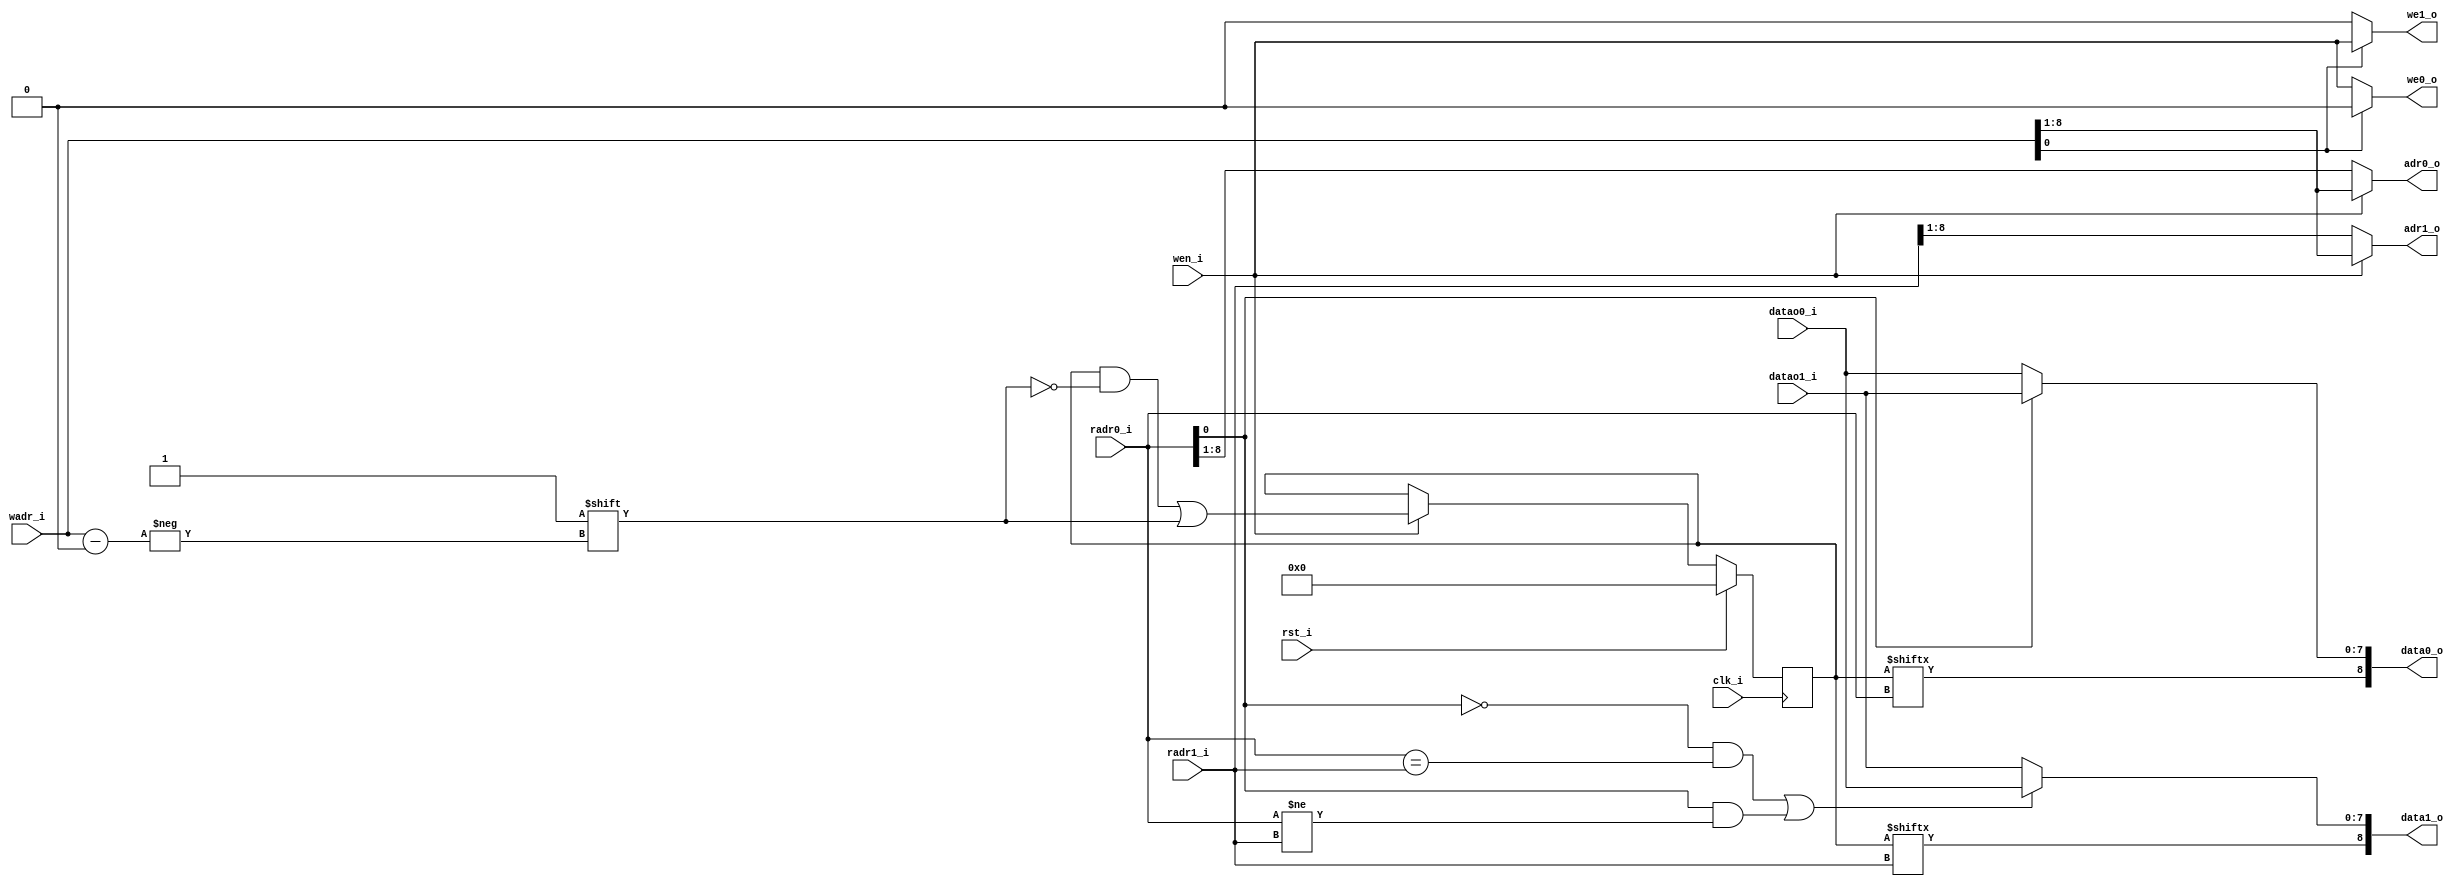
// This program was cloned from: https://github.com/KASIRGA-KIZIL/tekno-kizil
// License: GNU General Public License v3.0

// Tag denetleyici
// Ayni anda iki farkli adresteki tag'leri okumak icin 2 tane 256 satirlik RAM'i kontrol eder
// RAM'lerden birisi tek adresleri oteki cift olan adresleri depolamak icin kullanilir.
// Bu sayede Unaligned/Hizasiz okuma yapilabilir.

module tag_denetleyici (
   input wire clk_i,
   input wire rst_i,
   // Port 0: W
   input wire       wen_i,
   input wire [8:0] wadr_i,
   // Port 0: R
   output wire [8:0] data0_o,
   input  wire [8:0] radr0_i,
   // Port 1: R
   output wire [8:0] data1_o,
   input  wire [8:0] radr1_i,
   // RAM256_T0
   output wire       we0_o,
   output wire [7:0] adr0_o,
   input  wire [7:0] datao0_i,
   // RAM256_T1
   output wire       we1_o,
   output wire [7:0] adr1_o,
   input  wire [7:0] datao1_i
);
   reg [511:0] RAM;
   
   wire [7:0] tage;
   wire [7:0] tago;
   
   wire [7:0] tag_addre = wen_i ? wadr_i[8:1] : radr0_i[8:1];
   wire [7:0] tag_addro = wen_i ? wadr_i[8:1] : radr1_i[8:1];
   
   always @(posedge clk_i) begin
       if(rst_i)
           RAM <= 0;
       else
           if(wen_i) RAM[wadr_i] <= 1'b1;
   end
   
   // Gerekli kosullar matematiksel olarak bulunmus olup gerekli ispat en altta gosterilmistir.
   wire [7:0] tag0 = (~radr0_i[0]) ? tage : tago;
   wire [7:0] tag1 = (((~radr0_i[0]) & (radr0_i == radr1_i)) || (( radr0_i[0]) & (radr0_i != radr1_i))) ? tage : tago;
   
   assign data0_o = {RAM[radr0_i],tag0};
   assign data1_o = {RAM[radr1_i],tag1};
   
   
   wire wee = ~wadr_i[0] ? wen_i : 1'b0;
   wire weo =  wadr_i[0] ? wen_i : 1'b0;
   
   // even
   assign we0_o    = wee;
   assign adr0_o   = tag_addre;
   assign tage     = datao0_i;
   
   // odd
   assign we1_o    = weo;
   assign adr1_o   = tag_addro;
   assign tago     = datao1_i;

endmodule


/*
   // Tek adreslere ve cift adreslere nasil yazilmasi gerektiginin ispatlanmasi ve gerekli pattern'in gosterilmesi.
   radr0_i = l1b_adres_i[`ADR] + {{8{1'b0}},l1b_adres_i[1]};
   radr1_i = l1b_adres_i[`ADR];
   
   Possible address combinations, there is a pattern:
   
      radr1_i = 0  radr0 = 0 -> 0, 0 -> tage tage -+-+-+-+-+-+-+- : (~radr0[0]) & (radr0 == radr1)
      
      radr1_i = 0  radr0 = 1 -> 0, 0 -> tage tago ............... : ( radr0[0]) & (radr0 != radr1)
      
      radr1_i = 1  radr0 = 1 -> 0, 0 -> tago tago --------------- : ( radr0[0]) & (radr0 == radr1)
      
      radr1_i = 1  radr0 = 2 -> 0, 1 -> tago tage +++++++++++++++ : (~radr0[0]) & (radr0 != radr1)
      
      radr1_i = 2  radr0 = 2 -> 1, 1 -> tage tage -+-+-+-+-+-+-+- : (~radr0[0]) & (radr0 == radr1)
      
      radr1_i = 2  radr0 = 3 -> 1, 1 -> tage tago ............... : ( radr0[0]) & (radr0 != radr1)
      
      radr1_i = 3  radr0 = 3 -> 1, 1 -> tago tago --------------- : ( radr0[0]) & (radr0 == radr1)
      
      radr1_i = 3  radr0 = 4 -> 1, 2 -> tago tage +++++++++++++++ : (~radr0[0]) & (radr0 != radr1)
      
      radr1_i = 4  radr0 = 4 -> 2, 2 -> tage tage -+-+-+-+-+-+-+- : (~radr0[0]) & (radr0 == radr1)
      
      
      0 -> 0000 -> e --> 0
      1 -> 0001 -> o -> 0
      2 -> 0010 -> e --> 1
      3 -> 0011 -> o -> 1
      4 -> 0100 -> e --> 2
      5 -> 0101 -> o -> 2
      6 -> 0110 -> e --> 3
      7 -> 0111 -> o -> 3
   
*/